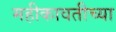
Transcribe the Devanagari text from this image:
महीकावतीच्या